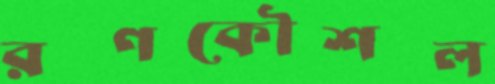
রণকৌশল